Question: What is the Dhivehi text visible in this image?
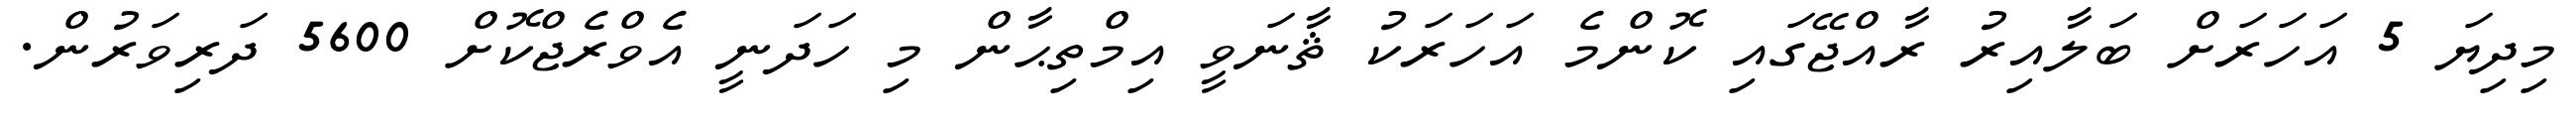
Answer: މިދިޔަ 5 އަހަރަށް ބަލާއިރު ރާއްޖޭގައި ކޮންމެ އަހަރަކު ޘާނަވީ އިމްތިޙާން މި ހަދަނީ އެވްރެޖްކޮށް 5600 ދަރިވަރުން.